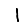
Digit: 1